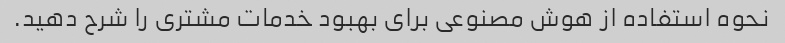
نحوه استفاده از هوش مصنوعی برای بهبود خدمات مشتری را شرح دهید.